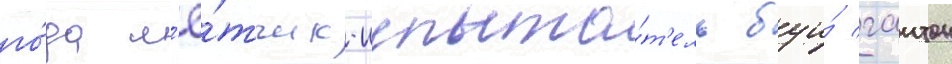
го́да л'ё́тчик-испыта́т'ель буи́ гаитон